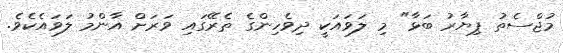
މުޖްސެތު ޕިޔާރު ބަޅާ" މި ލަވައަކީ ދިވެހިންގެ ތެރޭގައި ވަރަށް އާންމު ލަވައެކެވެ.